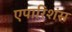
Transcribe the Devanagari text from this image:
एपारिशंस